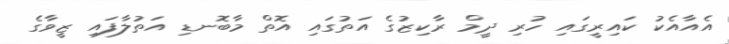
އެއާއެކު ކައިރީގައި ހުރި ދީމް ރާކިޒުގެ އަތުގައި އޮތް މާބޮނޑި އަތުލާފައި ޒީވާގެ